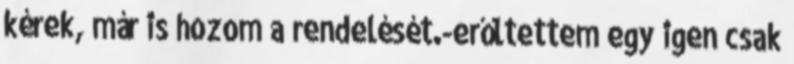
kérek, már is hozom a rendelését.-erőltettem egy igen csak